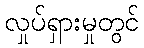
လှုပ်ရှားမှုတွင်